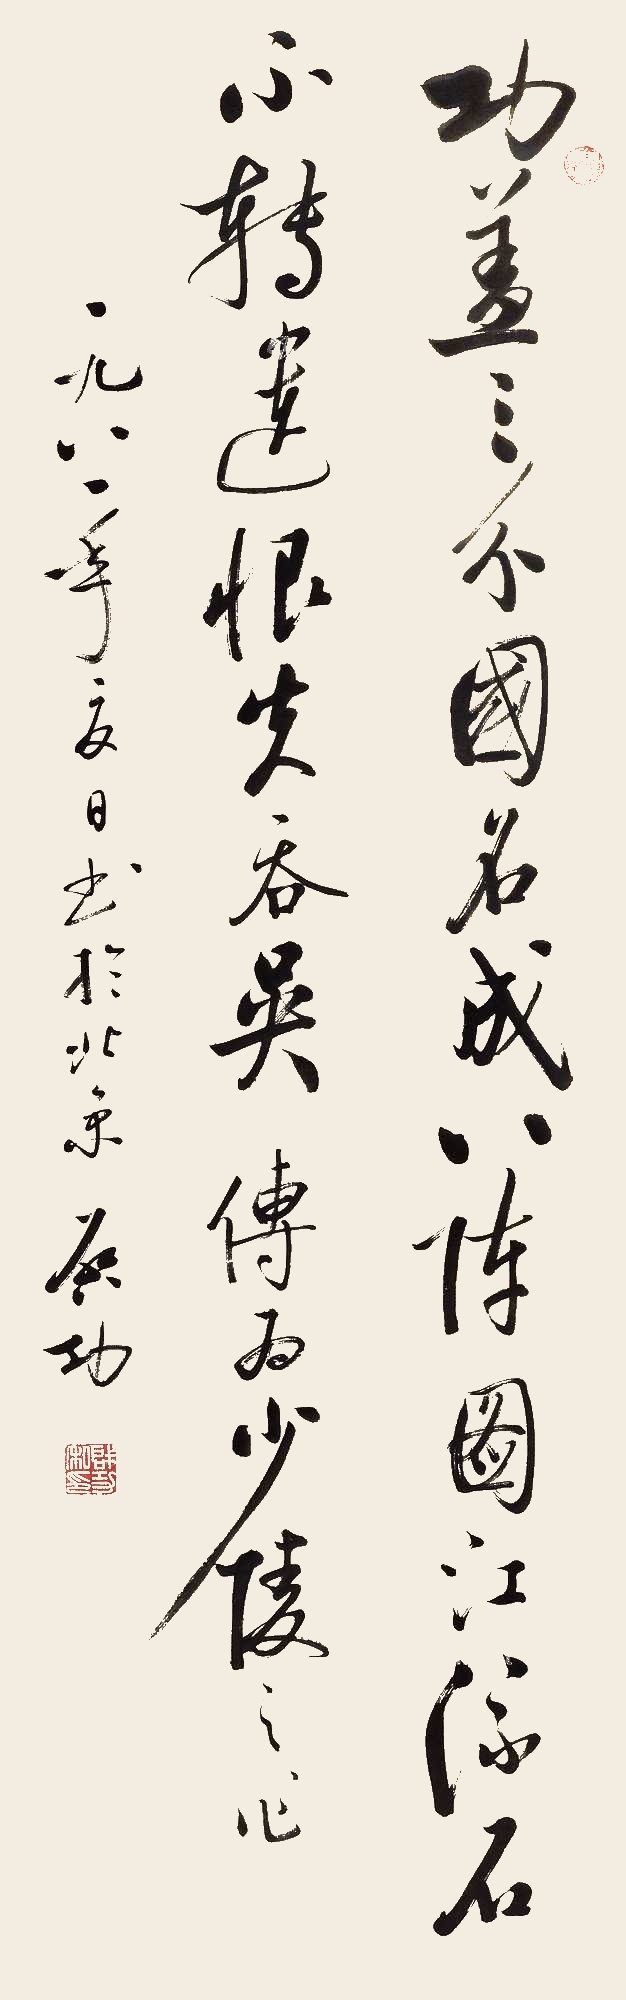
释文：功盖三分国，名成八阵图。江流石不转，遗恨失吞吴。传为少陵之作。一九八一年夏日书于北京。启功。